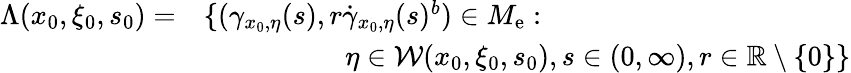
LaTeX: \begin{array}{rl}{\Lambda({x_{0},\xi_{0},s_{0}})=}&{\{ (\gamma_{x_{0},\eta}(s),r\dot{\gamma}_{x_{0},\eta}(s)^{b})\in{M_{\mathrm{e}}}:}\\ &{\quad\quad\quad\quad\quad\eta\in\mathcal{W}({x_{0},\xi_{0},s_{0}}),s\in(0,\infty),r\in\mathbb{R}\setminus\{ 0\} \} }\end{array}